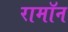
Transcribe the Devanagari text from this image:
रामॉन